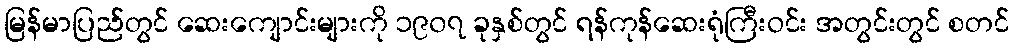
မြန်မာပြည်တွင် ဆေးကျောင်းများကို ၁၉၀၇ ခုနှစ်တွင် ရန်ကုန်ဆေးရုံကြီးဝင်း အတွင်းတွင် စတင်